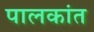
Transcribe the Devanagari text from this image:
पालकांत